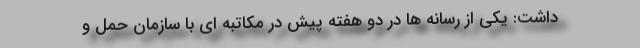
داشت: یکی از رسانه ها در دو هفته پیش در مکاتبه ای با سازمان حمل و